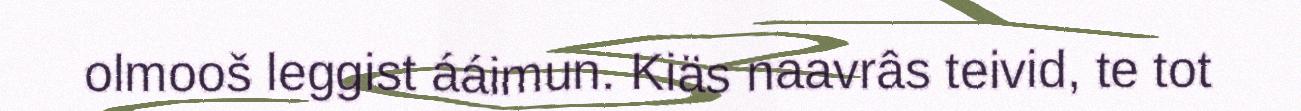
olmooš leggist ááimun. Kiäs naavrâs teivid, te tot